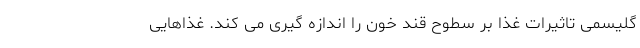
گلیسمی تاثیرات غذا بر سطوح قند خون را اندازه گیری می کند. غذاهایی